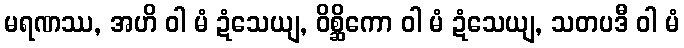
မရဏဿ, အဟိ ဝါ မံ ဍံသေယျ, ဝိစ္ဆိကော ဝါ မံ ဍံသေယျ, သတပဒီ ဝါ မံ